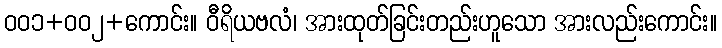
ဝဝ၁+ဝဝ၂+ကောင်း။ ဝီရိယဗလံ၊ အားထုတ်ခြင်းတည်းဟူသော အားလည်းကောင်း။